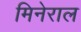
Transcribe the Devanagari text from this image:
मिनेराल